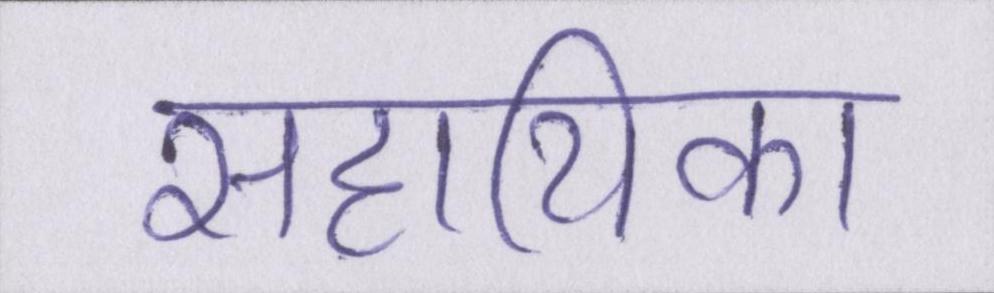
सहायिका